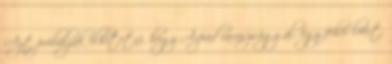
Azt próbálják elhitetni, hogy Árpád ravaszsággal, egy fehér lóért,